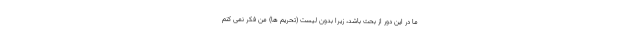
ما در این دور از بحث باشد، زیرا بدون لیست (تحریم ها) من فکر نمی کنم